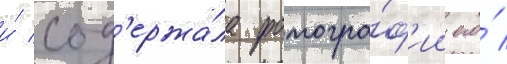
и́ сод'ержа́ла фотогра́ф'ии его́